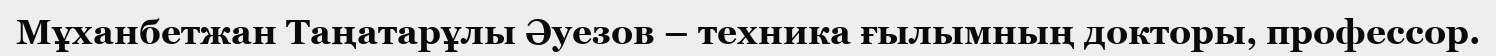
Мұханбетжан Таңатарұлы Әуезов – техника ғылымның докторы, профессор.